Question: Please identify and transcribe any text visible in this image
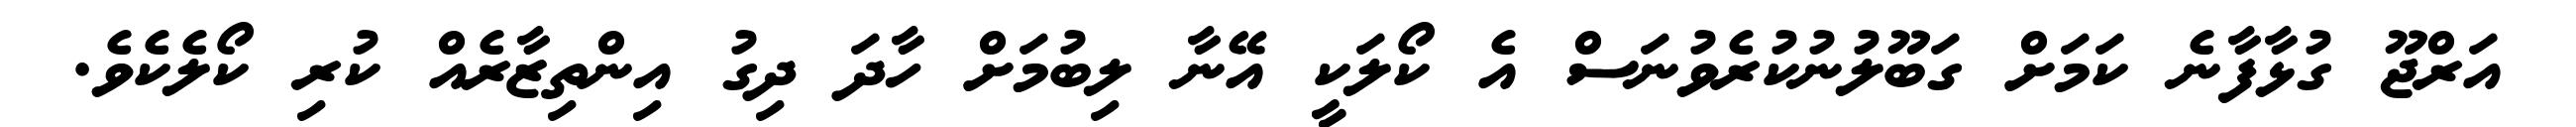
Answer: އަރްޖޫ ގުޅާފާނެ ކަމަށް ގަބޫލުނުކުރެވުނަސް އެ ކޯލަކީ އޭނާ ލިބުމަށް ހާދަ ދިގު އިންތިޒާރެއް ކުރި ކޯލެކެވެ.